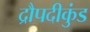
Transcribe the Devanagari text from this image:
द्रौपदीकुंड